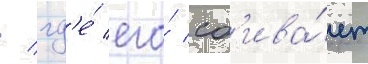
/ гд'е́ его́ сб'ива́ет